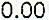
0.00